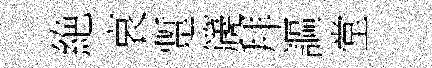
絶哀蹔篪拜謳堂